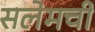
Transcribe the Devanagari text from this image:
सलेमची